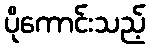
ပိုကောင်းသည့်